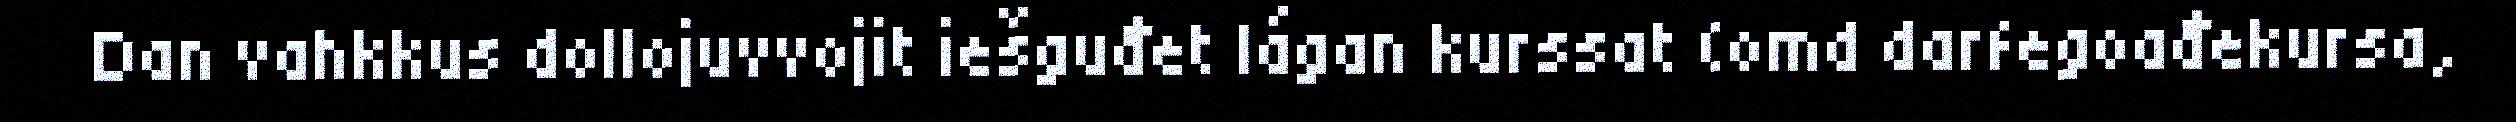
Dan vahkkus dollojuvvojit iešguđet lágan kurssat (omd darfegoađekursa,